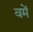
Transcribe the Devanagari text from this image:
वमें